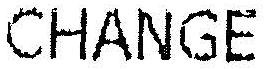
CHANGE